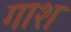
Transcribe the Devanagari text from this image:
गाश